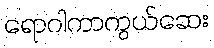
ရောဂါကာကွယ်ဆေး